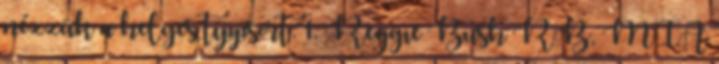
nézzük a helyes tippsort: 1. Reggie Bush RB, MIA